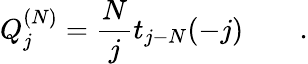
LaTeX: Q_{j}^{(N)}=\frac{N}{j}t_{j-N}(-j)\qquad.